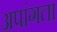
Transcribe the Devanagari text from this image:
अपांगता